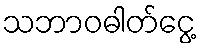
သဘာဝဓါတ်ငွေ့